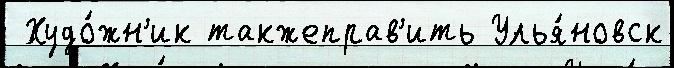
 Худо́жн'ик такжеправ'ить Улья́новск